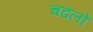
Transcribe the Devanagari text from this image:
चढलो